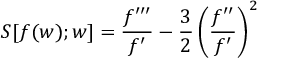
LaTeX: S [ f ( w ) ; w ] = \frac { f ^ { \prime \prime \prime } } { f ^ { \prime } } - \frac 3 2 \left( \frac { f ^ { \prime \prime } } { f ^ { \prime } } \right) ^ { 2 }